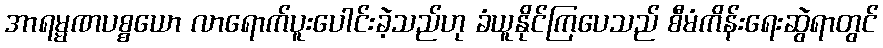
အာရမ္မဏပစ္စယော လာရောက်ပူးပေါင်းခဲ့သည်ဟု ခံယူနိုင်ကြပေသည် စီမံကိန်းရေးဆွဲရာတွင်